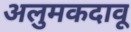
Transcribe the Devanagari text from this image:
अलुमकदावू